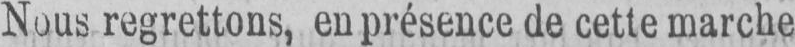
Nous regrettons, en présence de cette marche